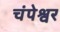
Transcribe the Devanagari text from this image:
चंपेश्वर